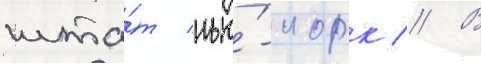
шта́т нью́-иорк // В